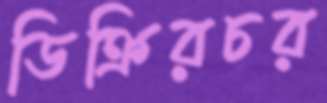
ডিক্রিরচর